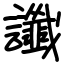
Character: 讖